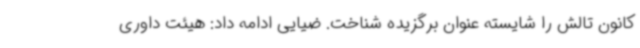
کانون تالش را شایسته عنوان برگزیده شناخت. ضیایی ادامه داد: هیئت داوری